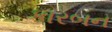
કારબન